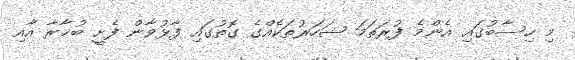
މި ހިސާބުގައި އެންމެ ފުރަތަމަ ޝަހަރުތަކެއްގެ ގޮތުގައި ފާޅުވާން ފެށީ ބުޚާރާ އާއި